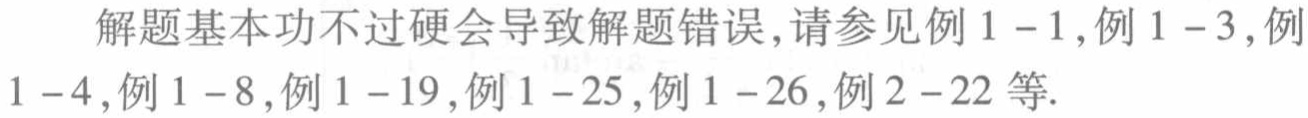
解题基本功不过硬会导致解题错误,请参见例1 - 1,例1 - 3,例1 - 4,例1 - 8,例1 - 19,例1 - 25,例1 - 26,例2 - 22等.